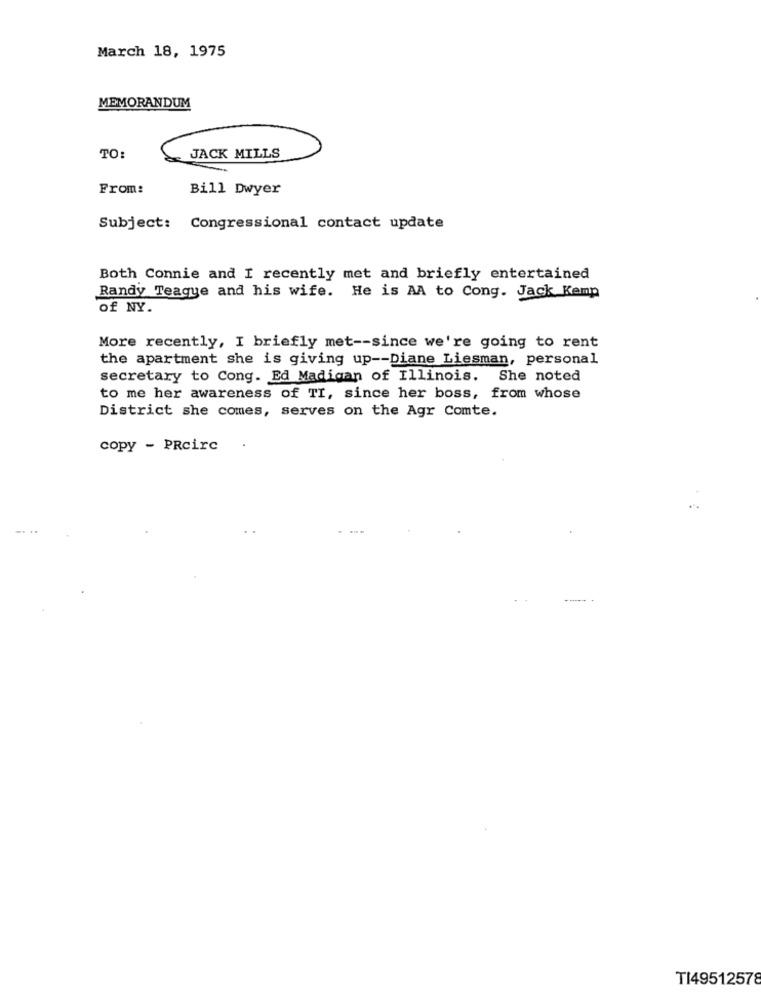
March 18, 1975
MEMORANDUM
TO:
JACK MILLS
From:
Bill Dwyer
Subject: Congressional contact update
Both Connie and I recently met and briefly entertained
Randy Teagye and his wife. He is AA to Cong. Jack Kemp
of NY.
More recently, I briefly met -- since we're going to rent
the apartment she is giving up -- Diane Liesman, personal
secretary to Cong. Ed Madigan of Illinois. She noted
to me her awareness of TI, since her boss, from whose
District she comes, serves on the Agr Comte.
copy - PRcirc
T149512578